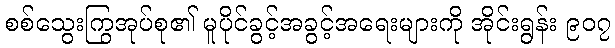
စစ်သွေးကြွအုပ်စု၏ မူပိုင်ခွင့်အခွင့်အရေးများကို အိုင်းရွန်း ၉၀၇